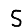
Digit: 5